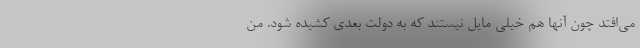
می‌افتد چون آنها هم خیلی مایل نیستند که به دولت بعدی کشیده شود. من